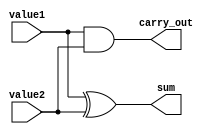
module half_adder(value1, value2, sum, carry_out);
// Inputs
input  value1;
input  value2;
// Outputs
output sum;
output carry_out;

// Half Adder
and a(carry_out, value1, value2);
xor x(sum      , value1, value2);

endmodule